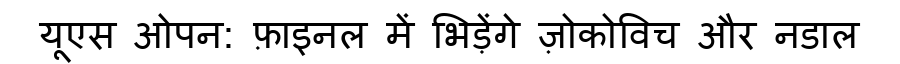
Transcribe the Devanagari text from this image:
यूएस ओपन: फ़ाइनल में भिड़ेंगे ज़ोकोविच और नडाल